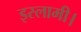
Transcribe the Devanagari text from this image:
इस्लामी।